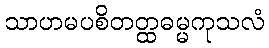
သာဟမပစိတတ္ထဓမ္မကုသလံ